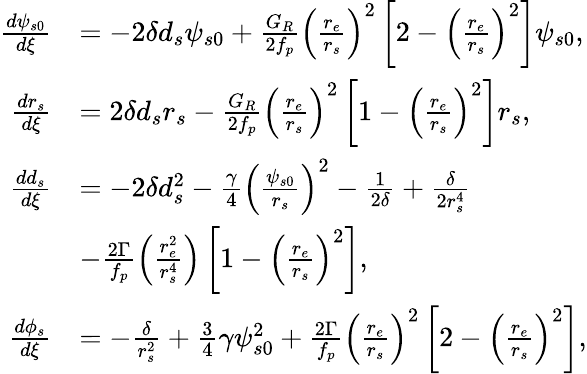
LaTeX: \begin{array}{rl}{\frac{d\psi_{s0}}{d\xi}}&{=-2\delta d_{s}\psi_{s0}+\frac{G_{R}}{2f_{p}}\left(\frac{r_{e}}{r_{s}}\right)^{2}\left[2-\left(\frac{r_{e}}{r_{s}}\right)^{2}\right]\psi_{s0},}\\ {\frac{dr_{s}}{d\xi}}&{=2\delta d_{s}r_{s}-\frac{G_{R}}{2f_{p}}\left(\frac{r_{e}}{r_{s}}\right)^{2}\left[1-\left(\frac{r_{e}}{r_{s}}\right)^{2}\right]r_{s},}\\ {\frac{dd_{s}}{d\xi}}&{=-2\delta d_{s}^{2}-\frac{\gamma}{4}\left(\frac{\psi_{s0}}{r_{s}}\right)^{2}-\frac{1}{2\delta}+\frac{\delta}{2r_{s}^{4}}}\\ &{-\frac{2\Gamma}{f_{p}}\left(\frac{r_{e}^{2}}{r_{s}^{4}}\right)\left[1-\left(\frac{r_{e}}{r_{s}}\right)^{2}\right],}\\ {\frac{d\phi_{s}}{d\xi}}&{=-\frac{\delta}{r_{s}^{2}}+\frac{3}{4}\gamma\psi_{s0}^{2}+\frac{2\Gamma}{f_{p}}\left(\frac{r_{e}}{r_{s}}\right)^{2}\left[2-\left(\frac{r_{e}}{r_{s}}\right)^{2}\right],}\end{array}